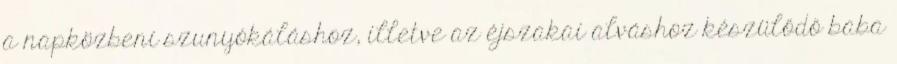
a napközbeni szunyókáláshoz, illetve az éjszakai alváshoz készülődő baba